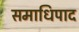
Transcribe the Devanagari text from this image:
समाधिपाद